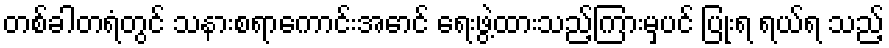
တစ်ခါတရံတွင် သနားစရာကောင်းအောင် ရေးဖွဲ့ထားသည့်ကြားမှပင် ပြုံးရ ရယ်ရ သည့်